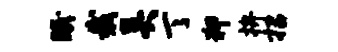
眠裁吴丁狎拚招